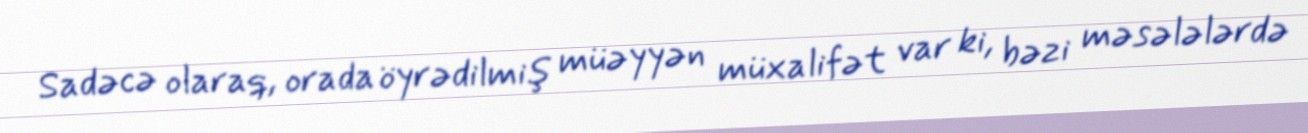
Sadəcə olaraq, orada öyrədilmiş müəyyən müxalifət var ki, bəzi məsələlərdə